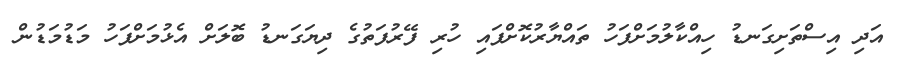
އަދި އިސްތަށިގަނޑު ހިއްކާލުމަށްފަހު ތައްޔާރުކޮށްފައި ހުރި ފޭރުފަތުގެ ދިޔަގަނޑު ބޮލަށް އެޅުމަށްފަހު މަޑުމަޑުން